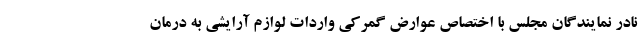
نادر نمایندگان مجلس با اختصاص عوارض گمرکی واردات لوازم آرایشی به درمان